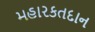
મહારકતદાન